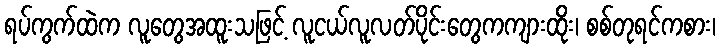
ရပ်ကွက်ထဲက လူတွေအထူးသဖြင့် လူငယ်လူလတ်ပိုင်းတွေကကျားထိုး၊ စစ်တုရင်ကစား၊